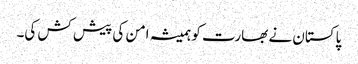
پاکستان نے بھارت کو ہمیشہ امن کی پیش کش کی۔